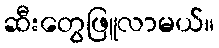
ဆီးတွေဖြူလာမယ်။